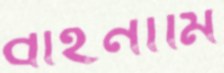
বাইনামি